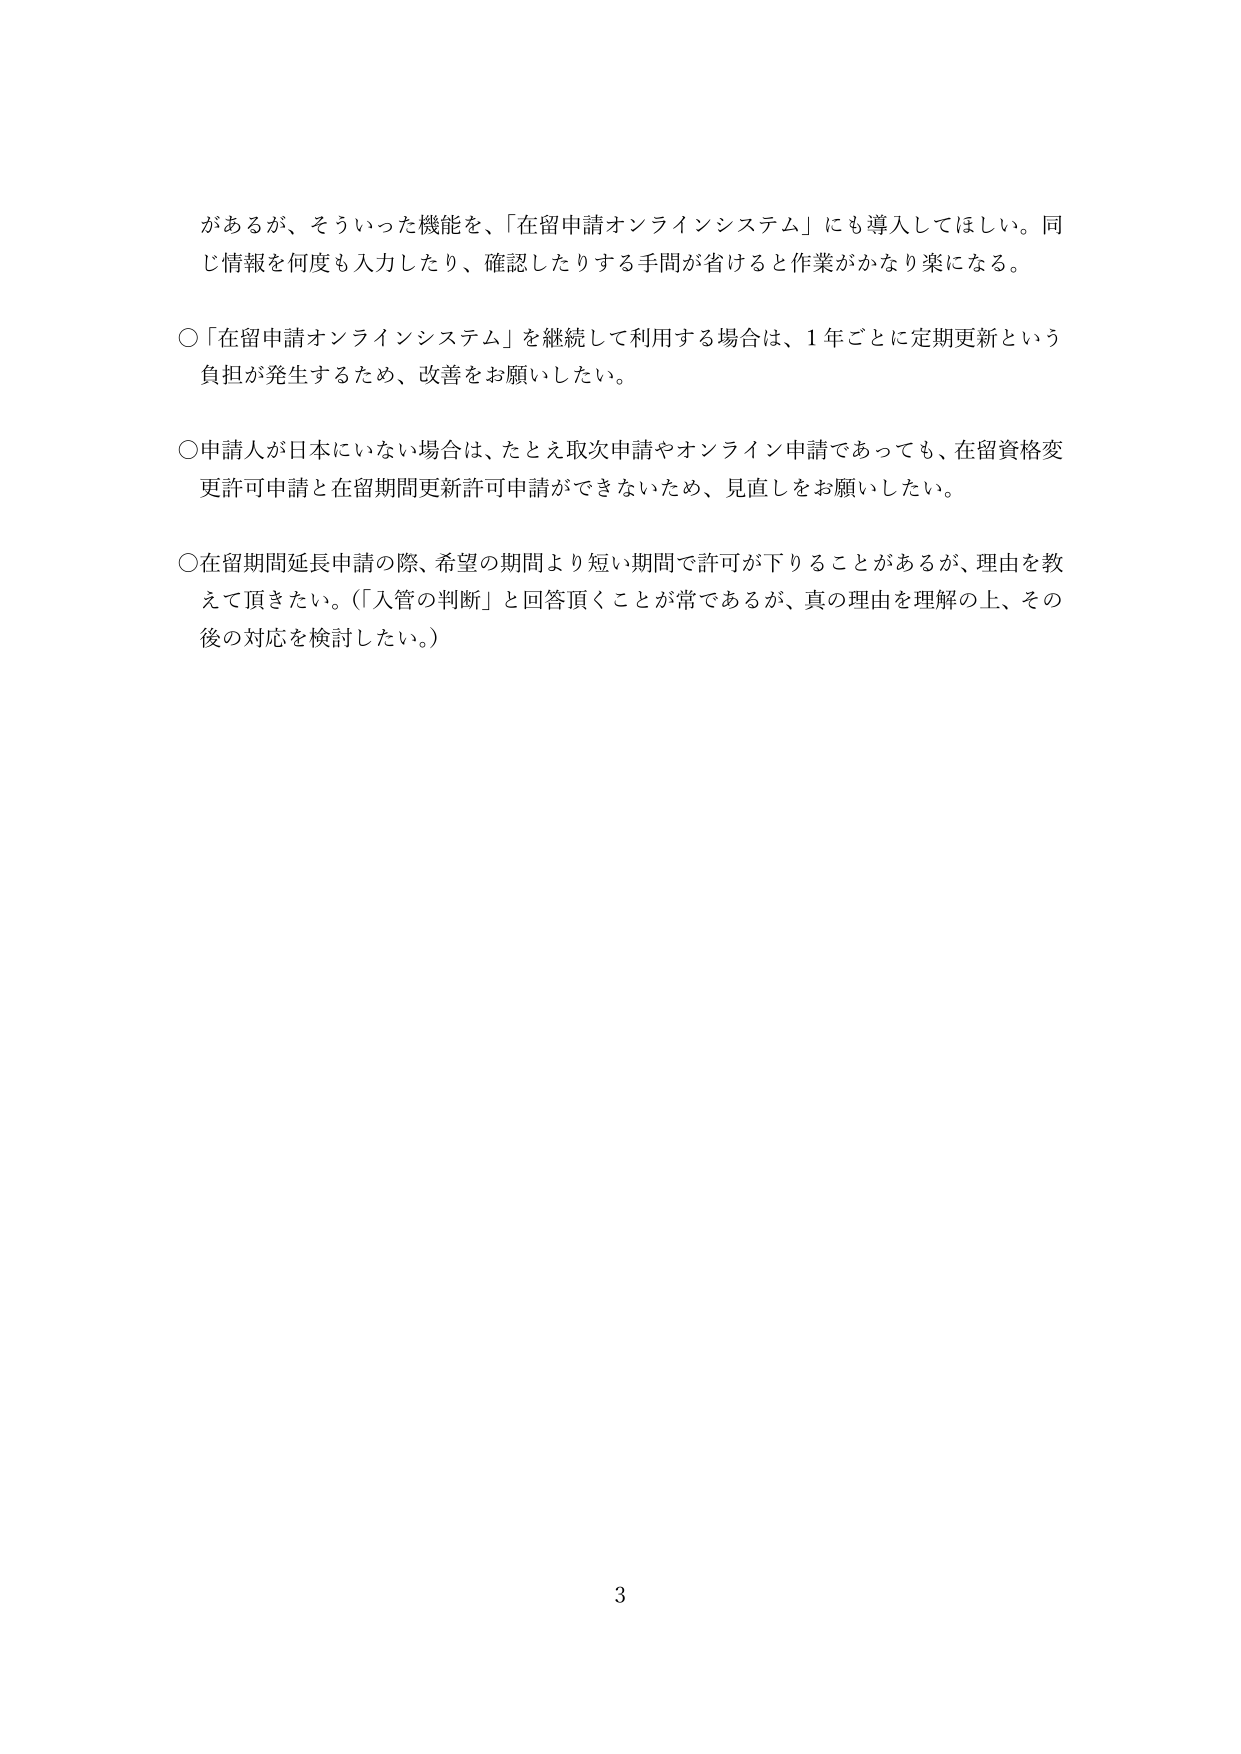
があるが、そういった機能を、「在留申請オンラインシステム」にも導入してほしい。同じ情報を何度も入力したり、確認したりする手間が省けると作業がかなり楽になる。

○「在留申請オンラインシステム」を継続して利用する場合は、1年ごとに定期更新という負担が発生するため、改善をお願いしたい。

○申請人が日本にいない場合は、たとえ取次申請やオンライン申請であっても、在留資格変更許可申請と在留期間更新許可申請ができないため、見直しをお願いしたい。

○在留期間延長申請の際、希望の期間より短い期間で許可が下りることがあるが、理由を教えて頂きたい。（「入管の判断」と回答頂くことが常であるが、真の理由を理解の上、その後の対応を検討したい。）

3